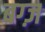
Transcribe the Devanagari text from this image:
बग्ज़